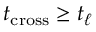
t _ { \mathrm { c r o s s } } \geq t _ { \ell }